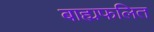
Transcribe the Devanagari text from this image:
बाह्यफलित